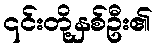
၎င်းတို့နှစ်ဦး၏